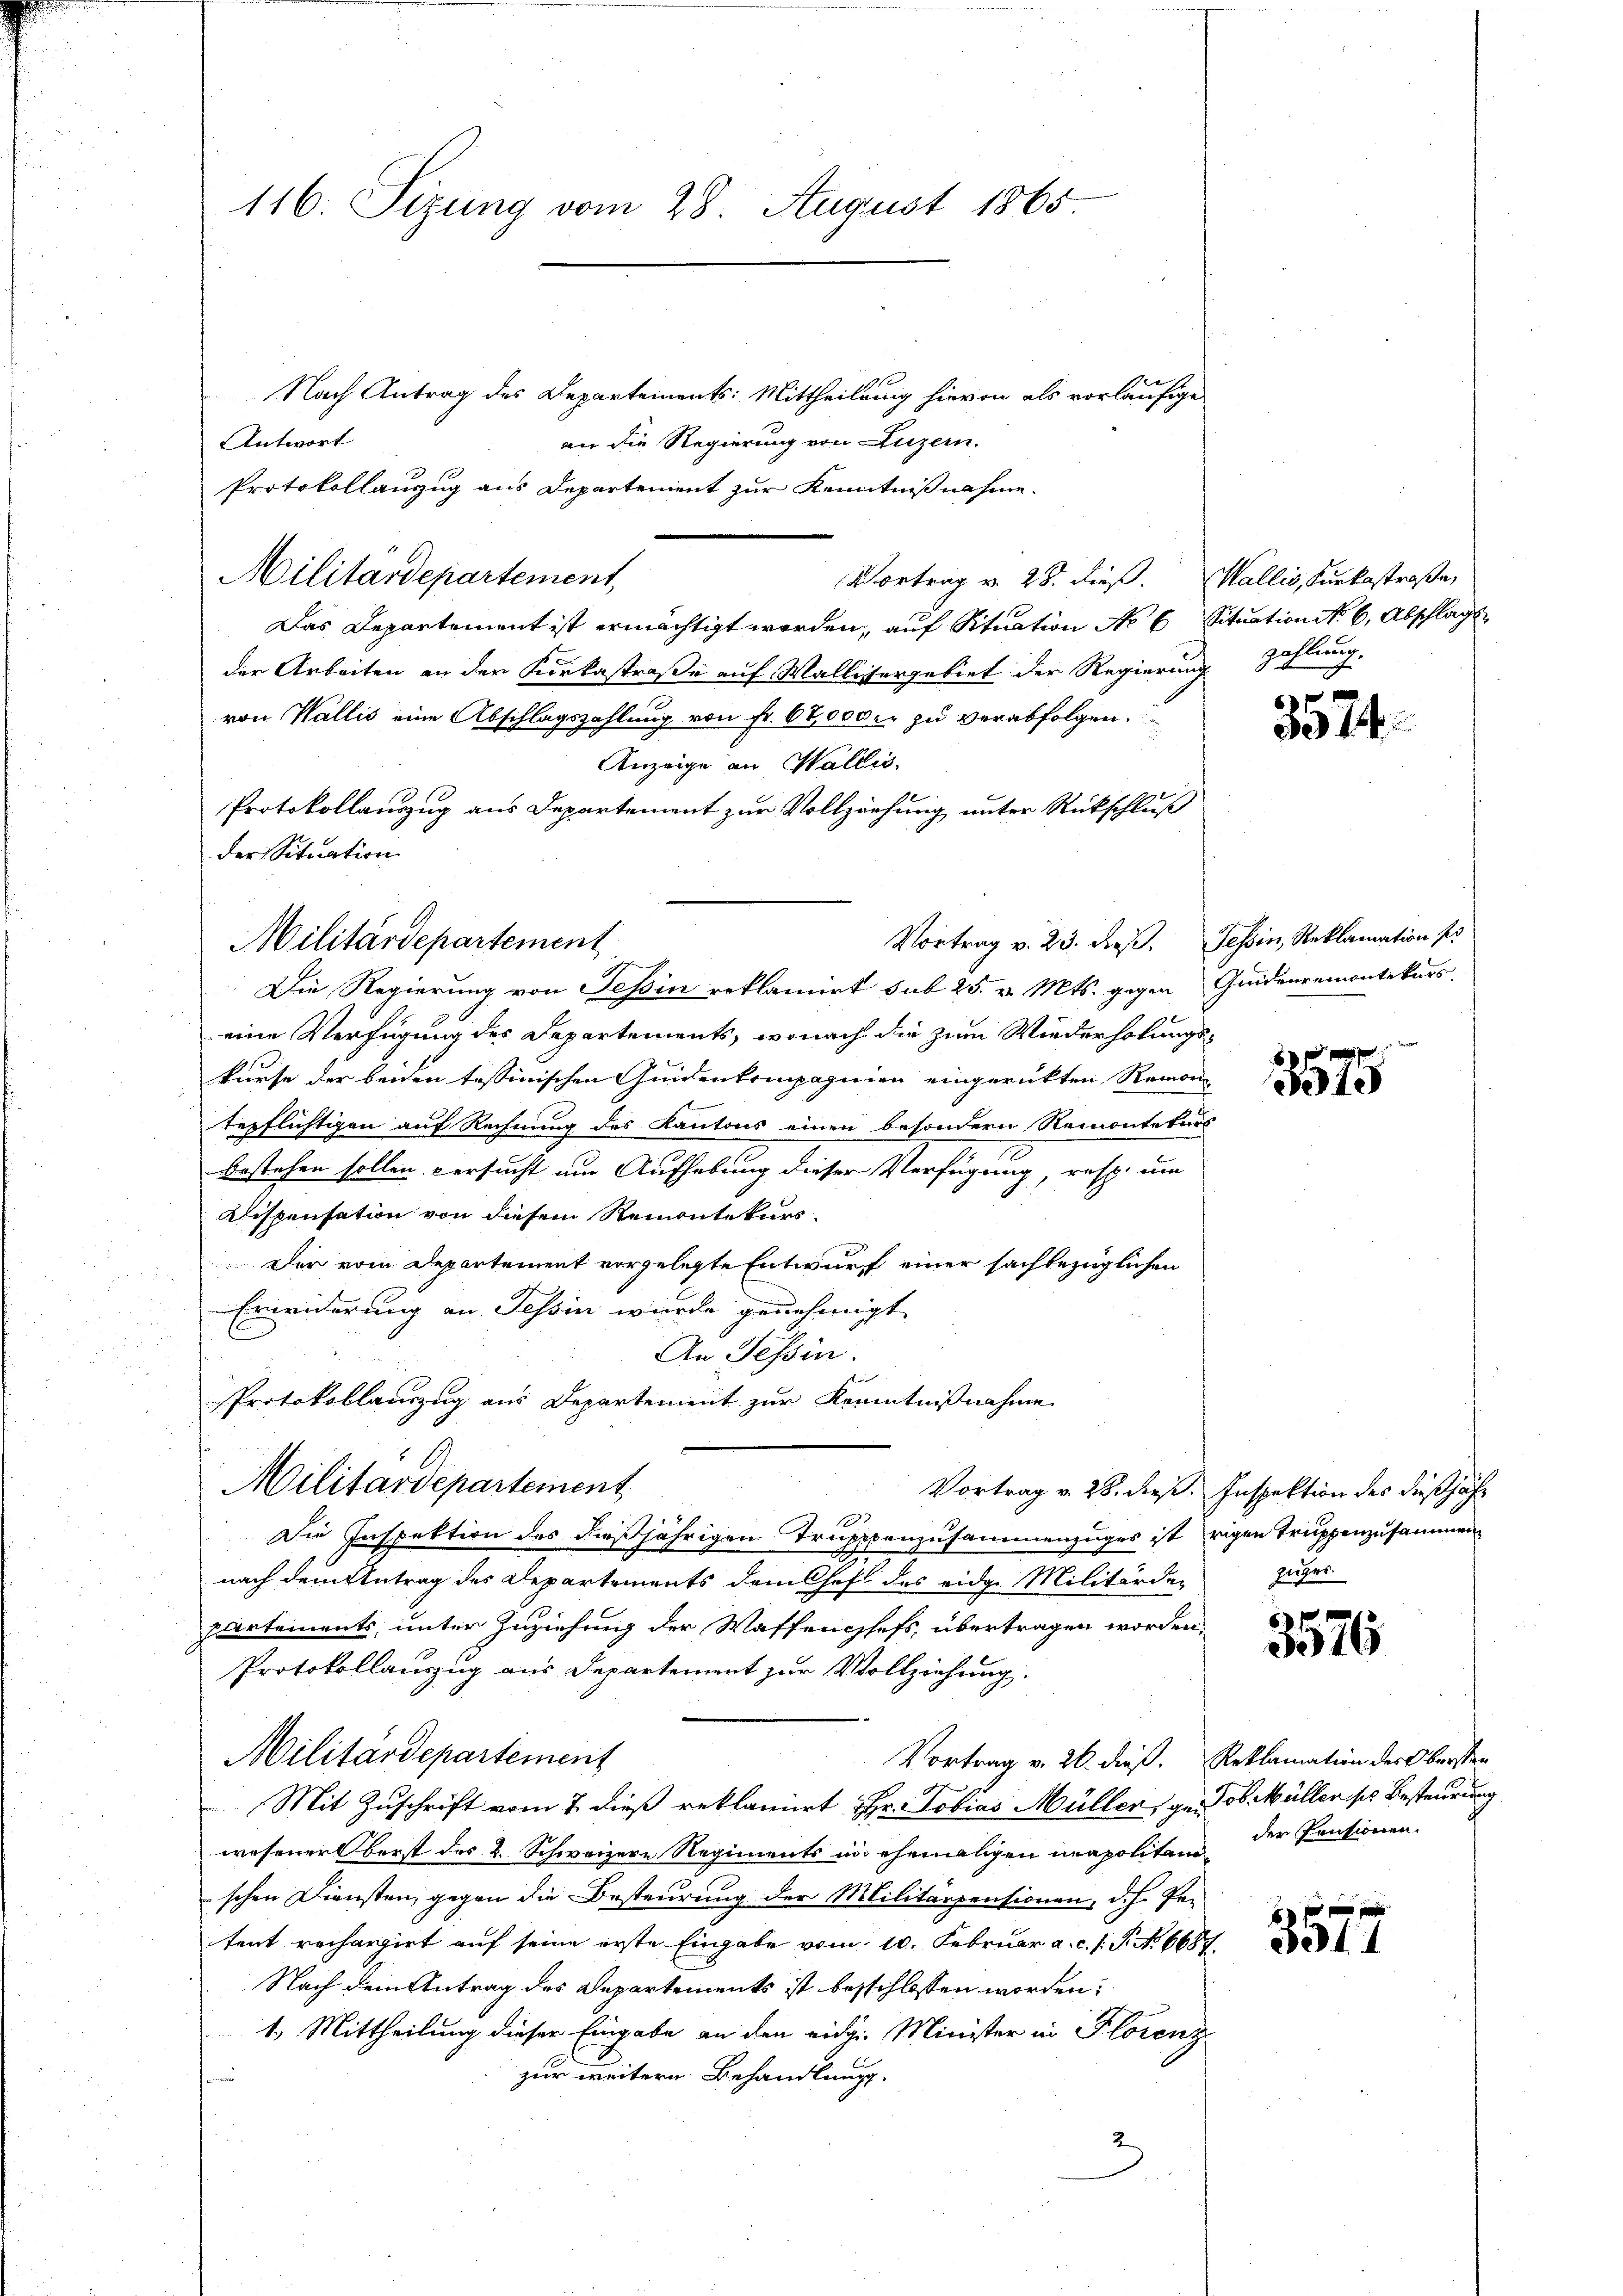
Nach Antrag des Departements: Mittheilung hievon als vorläufige
Antwort
an die Regierung von Luzern.
Protokollanzug aus Departement zur Kenntnißnahme
Militardepartement,
Vortrag v. 28. dieß. Wallis, Furkostraße
Das Departement ist ermächtigt worden, auf Situation No 6. Situation No. 6, Abschlags
der Arbeiten an der Kirkastraße auf Wallisergebiet der Regierung zahlung.
von Wallis eine Abschlagszahlung von fr. 67,000 er zu verabfolgen.
Die Regierung von Tessin reklamirt sub 25. v. Mts. gegen Quidenremontekurs,
eine Verfügung des Departements, wonach die zum Wiederholungskurse der beiden tessinischen Quidenkompagnien eingerückten Remon
tepflichtigen auf Rechnung des Kantons einen besondern Remonteturs
bestehen sollen versucht um Aufhebung dieser Verfügung, resp. um
Dispensation von diesem Remontekurs-
Der vom Departement vorgelegte Entwurf einer sachbezüglichen
Erwiderung an Tessin wurde genehmigt
An Tessin.
Protokollenzug aus Departement zur Kenntnißnahme
Militärdepartement
Die Inspektion des dießjährigen Truppenzusammenzuges ist rigen Truppenzusammen
nach dem Antrag des Departements dem Chef des eidg. Militärde-
partements, unter Zuziehung der Waffenchefs, übertragen worden,
Protokollauszug aus Departement zur Vollziehung.
Militärdepartement
Vortrag v. 26. dieß. Reklamation des Obersten
Mit Zuschrift vom 7. dieß reklamiert Hr. Tobias Müller, ge- Job. Müller ses Besteurung
wesener berst des 2. Schweizern Regiments in ehemaligen neapolitand der Pensionen.
schen Diensten, gegen die Besteurung der Militärpensionen, d.h. Petent rechargirt auf seine erste Eingabe vom 10. Februar a. c. s. S. No. 6687.
Nach dem Antrag des Departements ist besschlossen worden,
1, Mittheilung dieser Eingabe an den eidg. Minister in Florenz
zur weitere Behandlungs-

2

116. Sizung vom 28. August 1865

Anzeige an Wallis.
Protokollauszug aus Departement zur Vollziehung unter Rückschluß
der Situation
Militärdepartement

.
33144

Vortrag v. 23. dieß. Tessin, Reklamation pr

1875

Vortrag v. 28. dieß. Inspektion des dießjähr
zuges.

3576

10 f 0
314